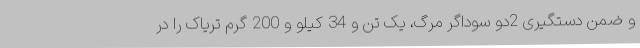
و ضمن دستگیری 2دو سوداگر مرگ، یک تن و 34 کیلو و 200 گرم تریاک را در